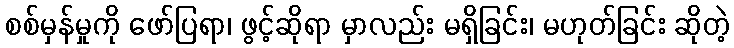
စစ်မှန်မှုကို ဖော်ပြရာ၊ ဖွင့်ဆိုရာ မှာလည်း မရှိခြင်း၊ မဟုတ်ခြင်း ဆိုတဲ့